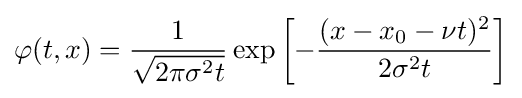
\varphi (t,x)={1 \over {\sqrt {2\pi \sigma ^{2}t}}}\exp \left[-{(x-x_{0}-\nu t)^{2} \over {2\sigma ^{2}t}}\right]